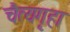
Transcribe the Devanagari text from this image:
चैत्यगृहा